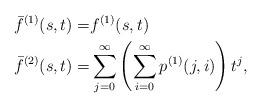
LaTeX: \begin{align*} \bar{f}^{(1)}(s,t)=&f^{(1)}(s,t) \\ \bar{f}^{(2)}(s,t)=&\sum_{j=0}^{\infty} \left(\sum_{i=0}^{\infty} p^{(1)}(j,i)\right) t^j, \end{align*}